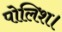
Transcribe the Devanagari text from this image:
पोलिश।